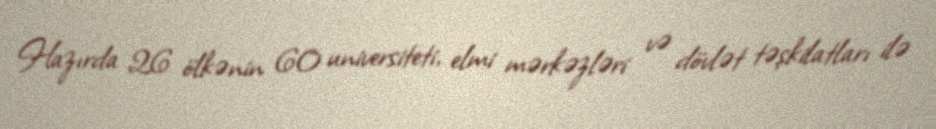
Hazırda 26 ölkənin 60 universiteti, elmi mərkəzləri və dövlət təşkilatları ilə